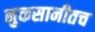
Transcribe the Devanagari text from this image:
नुकसानीतच